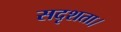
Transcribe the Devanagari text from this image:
सदृशता।